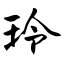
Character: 玲